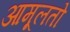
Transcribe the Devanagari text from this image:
आमूलतो